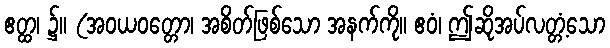
ဧတ္ထ၊ ၌။ (အဝယဝတ္တော၊ အစိတ်ဖြစ်သော အနက်ကို။ ဧဝံ၊ ဤဆိုအပ်လတ္တံ့သော